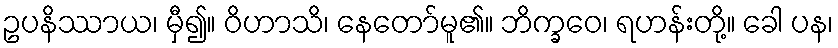
ဥပနိဿာယ၊ မှီ၍။ ဝိဟာသိ၊ နေတော်မူ၏။ ဘိက္ခဝေ၊ ရဟန်းတို့။ ခေါ ပန၊